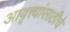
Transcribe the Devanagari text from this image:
आवृत्त्यांसाठीचे